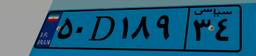
۱۵D۲۵۲۰۴